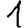
Digit: 1